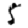
Digit: 5